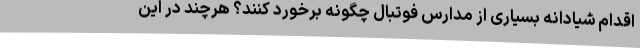
اقدام شیادانه بسیاری از مدارس فوتبال چگونه برخورد کنند؟ هرچند در این